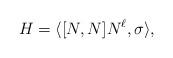
LaTeX: \begin{align*}H = \langle [N,N]N^\ell , \sigma \rangle,\end{align*}